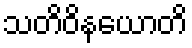
သတိဝိနယောတိ